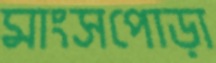
মাংসপোড়া